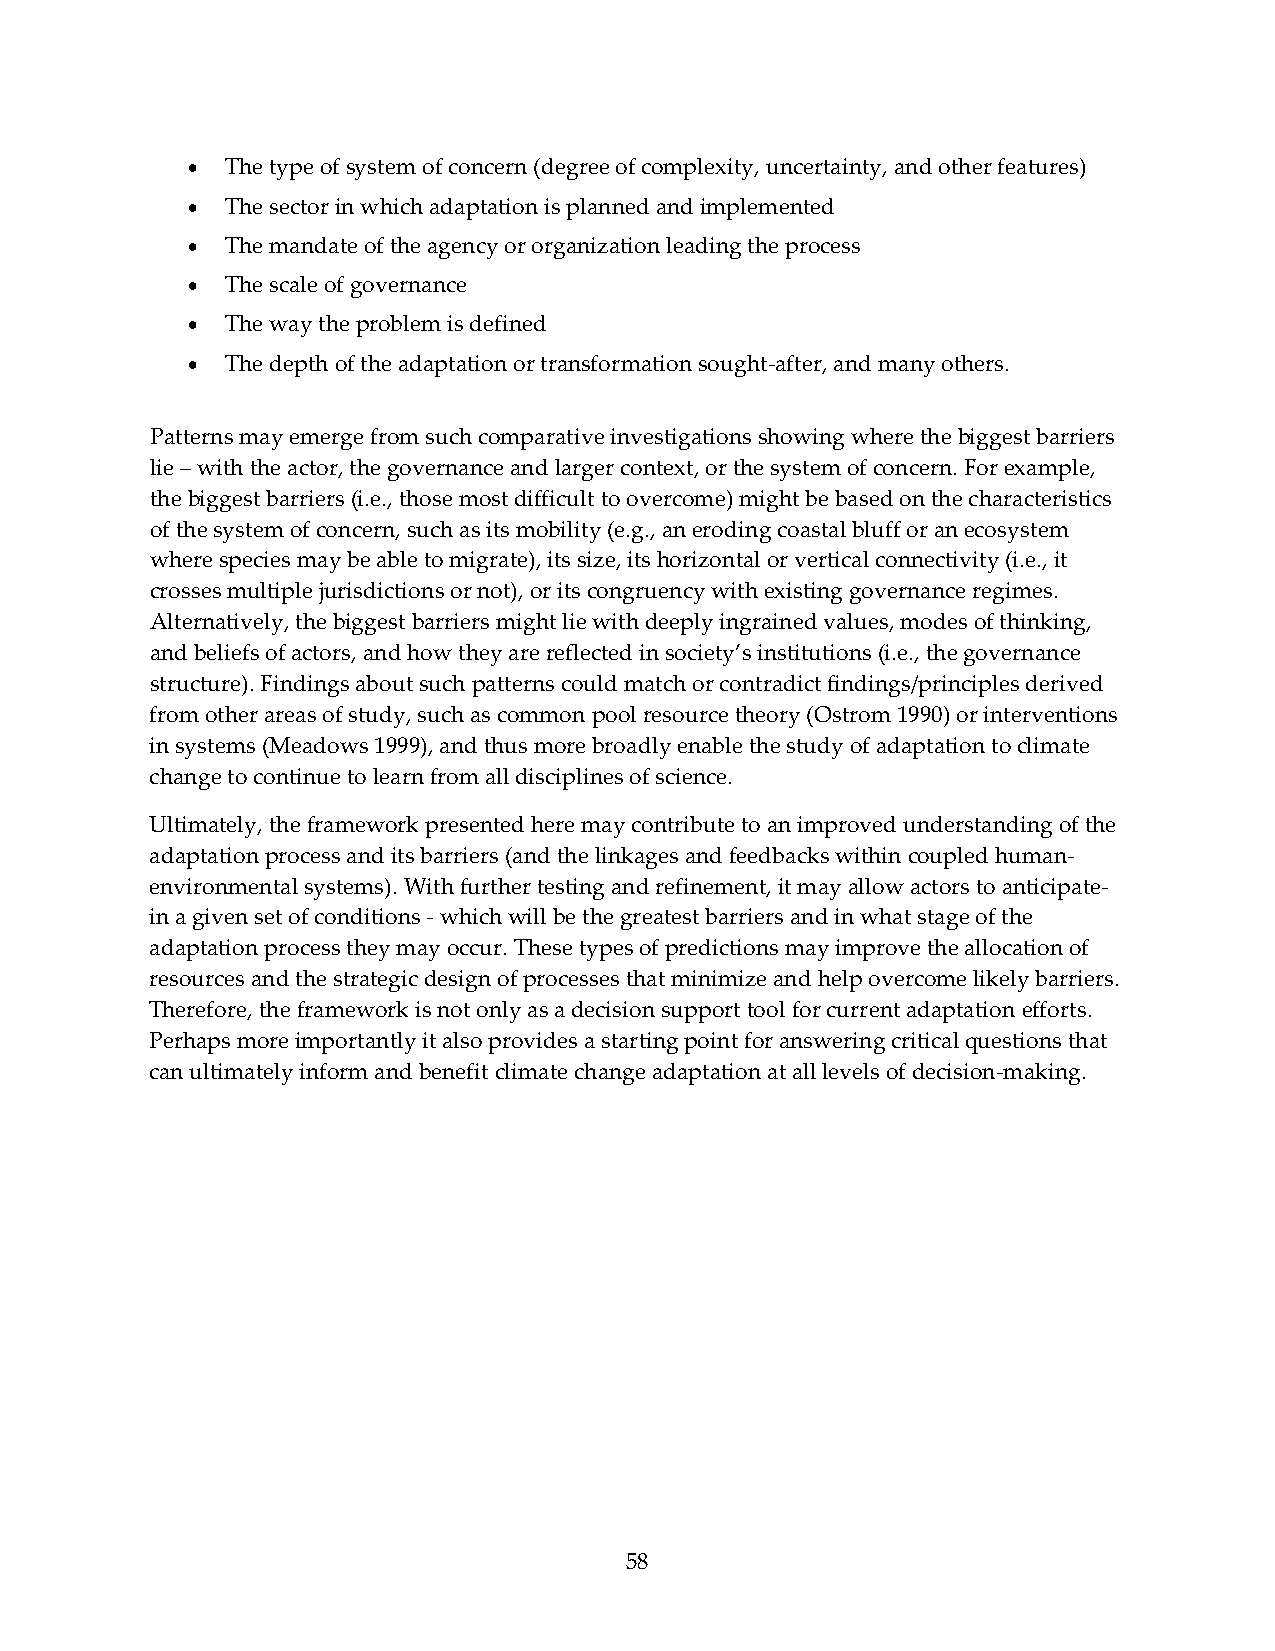
•  The type of system of concern (degree of complexity, uncertainty, and other features)
 •  The sector in which adaptation is planned and implemented
 •  The mandate of the agency or organization leading the process
 •  The scale of governance
 •  The way the problem is defined
 •  The depth of the adaptation or transformation sought‐after, and many others.
 Patterns may emerge from such comparative investigations showing where the biggest barriers
 lie – with the actor, the governance and larger context, or the system of concern. For example,
 the biggest barriers (i.e., those most difficult to overcome) might be based on the characteristics
 of the system of concern, such as its mobility (e.g., an eroding coastal bluff or an ecosystem
 where species may be able to migrate), its size, its horizontal or vertical connectivity (i.e., it
 crosses multiple jurisdictions or not), or its congruency with existing governance regimes.
 Alternatively, the biggest barriers might lie with deeply ingrained values, modes of thinking,
 and beliefs of actors, and how they are reflected in society’s institutions (i.e., the governance
 structure). Findings about such patterns could match or contradict findings/principles derived
 from other areas of study, such as common pool resource theory (Ostrom 1990) or interventions
 in systems (Meadows 1999), and thus more broadly enable the study of adaptation to climate
 change to continue to learn from all disciplines of science.
 Ultimately, the framework presented here may contribute to an improved understanding of the
 adaptation process and its barriers (and the linkages and feedbacks within coupled human‐
 environmental systems). With further testing and refinement, it may allow actors to anticipate‐
 in a given set of conditions ‐ which will be the greatest barriers and in what stage of the
 adaptation process they may occur. These types of predictions may improve the allocation of
 resources and the strategic design of processes that minimize and help overcome likely barriers.
 Therefore, the framework is not only as a decision support tool for current adaptation efforts.
 Perhaps more importantly it also provides a starting point for answering critical questions that
 can ultimately inform and benefit climate change adaptation at all levels of decision‐making.
 58